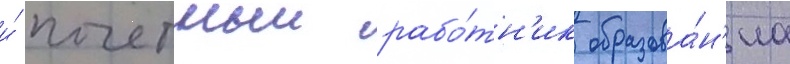
и́ почетныи рабо́тн'ик образова́н'иа